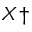
\boldsymbol { X \dag }